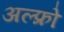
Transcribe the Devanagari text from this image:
अल्फ्रो